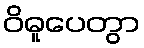
ဝိဓူပေတွာ